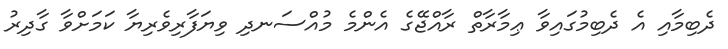
ދެބިމާއި އެ ދެބިމުގައިވާ ޢިމާރާތް ރާއްޖޭގެ އެންމެ މުއްސަނދި ވިޔަފާރިވެރިޔާ ކަމަށްވާ ގާދިރު